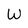
Character: W